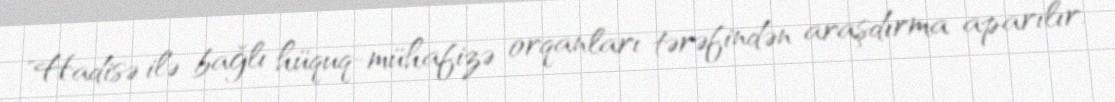
"Hadisə ilə bağlı hüquq-mühafizə orqanları tərəfindən araşdırma aparılır.